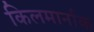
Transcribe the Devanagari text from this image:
किलमार्नाक